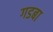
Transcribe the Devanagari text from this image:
गडबा